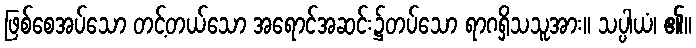
ဖြစ်စေအပ်သော တင့်တယ်သော အရောင်အဆင်း၌တပ်သော ရာဂရှိသသူအား။ သပ္ပါယံ၊ ၏။